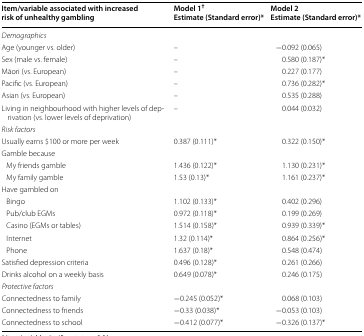
<table><thead><tr><td><b>Item/variable associated with increased risk of unhealthy gambling</b></td><td><b>Model 1<sup>†</sup>Estimate (Standard error)*</b></td><td><b>Model 2Estimate (Standard error)*</b></td></tr></thead><tbody><tr><td><i>Demographics</i></td><td></td><td></td></tr><tr><td>Age (younger vs. older)</td><td>–</td><td>−0.092 (0.065)</td></tr><tr><td>Sex (male vs. female)</td><td>–</td><td>0.580 (0.187)*</td></tr><tr><td>Māori (vs. European)</td><td>–</td><td>0.227 (0.177)</td></tr><tr><td>Pacific (vs. European)</td><td>–</td><td>0.736 (0.282)*</td></tr><tr><td>Asian (vs. European)</td><td>–</td><td>0.535 (0.288)</td></tr><tr><td>Living in neighbourhood with higher levels of deprivation (vs. lower levels of deprivation)</td><td>–</td><td>0.044 (0.032)</td></tr><tr><td><i>Risk factors</i></td><td></td><td></td></tr><tr><td>Usually earns $100 or more per week</td><td>0.387 (0.111)*</td><td>0.322 (0.150)*</td></tr><tr><td>Gamble because</td><td></td><td></td></tr><tr><td> My friends gamble</td><td>1.436 (0.122)*</td><td>1.130 (0.231)*</td></tr><tr><td> My family gamble</td><td>1.53 (0.13)*</td><td>1.161 (0.237)*</td></tr><tr><td>Have gambled on</td><td></td><td></td></tr><tr><td> Bingo</td><td>1.102 (0.133)*</td><td>0.402 (0.296)</td></tr><tr><td> Pub/club EGMs</td><td>0.972 (0.118)*</td><td>0.199 (0.269)</td></tr><tr><td> Casino (EGMs or tables)</td><td>1.514 (0.158)*</td><td>0.939 (0.339)*</td></tr><tr><td> Internet</td><td>1.32 (0.114)*</td><td>0.864 (0.256)*</td></tr><tr><td> Phone</td><td>1.637 (0.18)*</td><td>0.548 (0.474)</td></tr><tr><td>Satisfied depression criteria</td><td>0.496 (0.128)*</td><td>0.261 (0.266)</td></tr><tr><td>Drinks alcohol on a weekly basis</td><td>0.649 (0.078)*</td><td>0.246 (0.175)</td></tr><tr><td><i>Protective factors</i></td><td></td><td></td></tr><tr><td>Connectedness to family</td><td>−0.245 (0.052)*</td><td>0.068 (0.103)</td></tr><tr><td>Connectedness to friends</td><td>−0.33 (0.038)*</td><td>−0.053 (0.103)</td></tr><tr><td>Connectedness to school</td><td>−0.412 (0.077)*</td><td>−0.326 (0.137)*</td></tr></tbody></table>